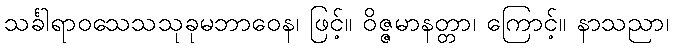
သင်္ခါရာဝသေသသုခုမဘာဝေန၊ ဖြင့်။ ဝိဇ္ဇမာနတ္တာ၊ ကြောင့်။ နာသညာ၊